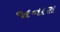
જાનારા